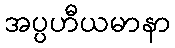
အပ္ပဟီယမာနာ